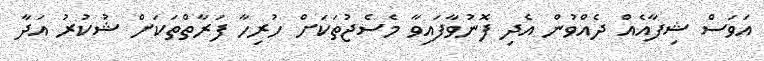
އަވަސް ޝިފާއެއް ދެއްވުން އެދި ފޮނުވާފައިވާ މެސެޖުތަކަށް ހުރިހާ ފަރާތްތަކަށް ޝުކުރު އަދާ